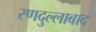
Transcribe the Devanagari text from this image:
रणदुल्लाबाद